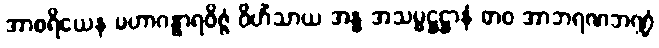
အာစရိယေန မဟာဂန္ဓာရဝိဇ္ဇံ ဝိဟိံသာယ အန္ဓ အသမ္မဋ္ဌဋ္ဌာနံ ဓာဝ အာဘရဏဘဏ္ဍံ